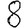
Digit: 8